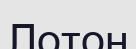
Лотон